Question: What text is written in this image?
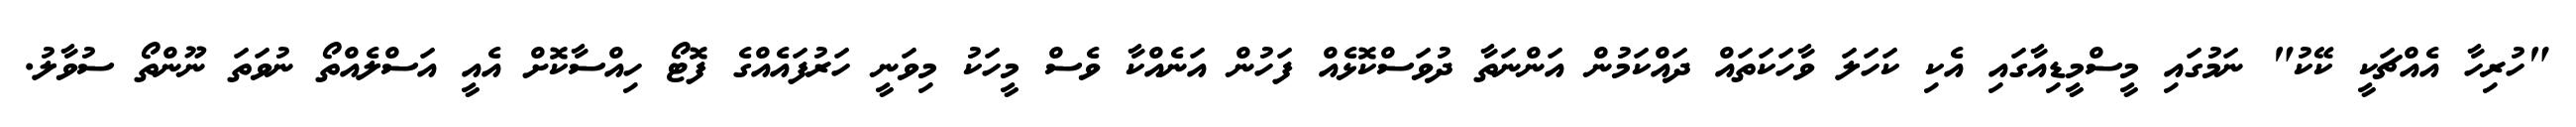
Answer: "ހުރިހާ އެއްޗަކީ ކޭކު" ނަމުގައި މީސްމީޑިއާގައި އެކި ކަހަލަ ވާހަކަތައް ދައްކަމުން އަންނަތާ ދުވަސްކޮޅެއް ފަހުން އަނެއްކާ ވެސް މީހަކު މިވަނީ ހަރުފައެއްގެ ފޮޓޯ ހިއްސާކޮށް އެއީ އަސްލެއްތޯ ނުވަތަ ނޫންތޯ ސުވާލު.